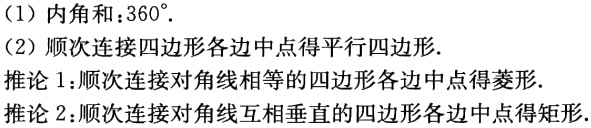
(1) 内角和：\(360^{\circ}\).

(2) 顺次连接四边形各边中点得平行四边形.

推论 1:顺次连接对角线相等的四边形各边中点得菱形.

推论 2:顺次连接对角线互相垂直的四边形各边中点得矩形.